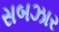
સબઝાર